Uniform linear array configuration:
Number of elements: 48
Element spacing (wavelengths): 1
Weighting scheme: hamming
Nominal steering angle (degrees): -45
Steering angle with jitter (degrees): -45.917
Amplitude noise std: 0.05
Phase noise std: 0.05

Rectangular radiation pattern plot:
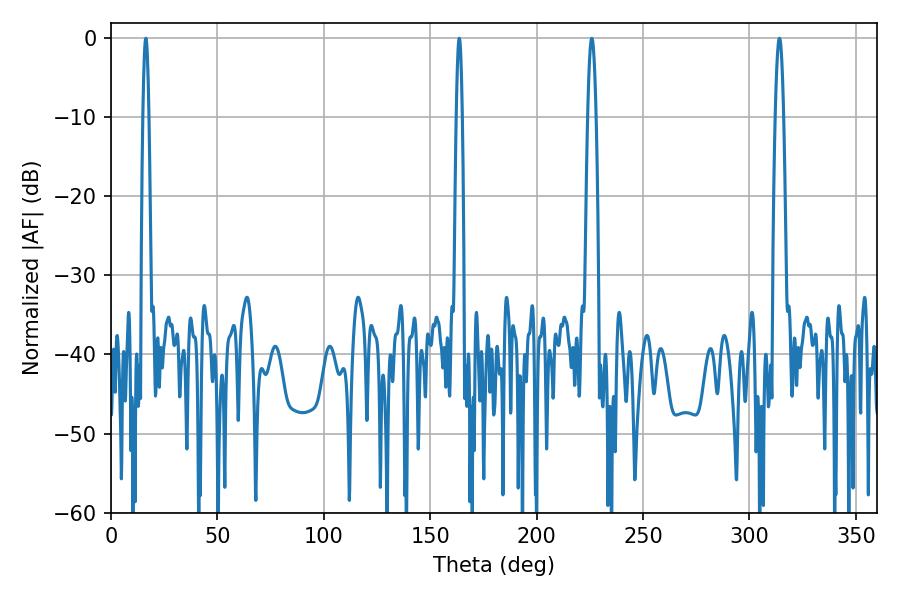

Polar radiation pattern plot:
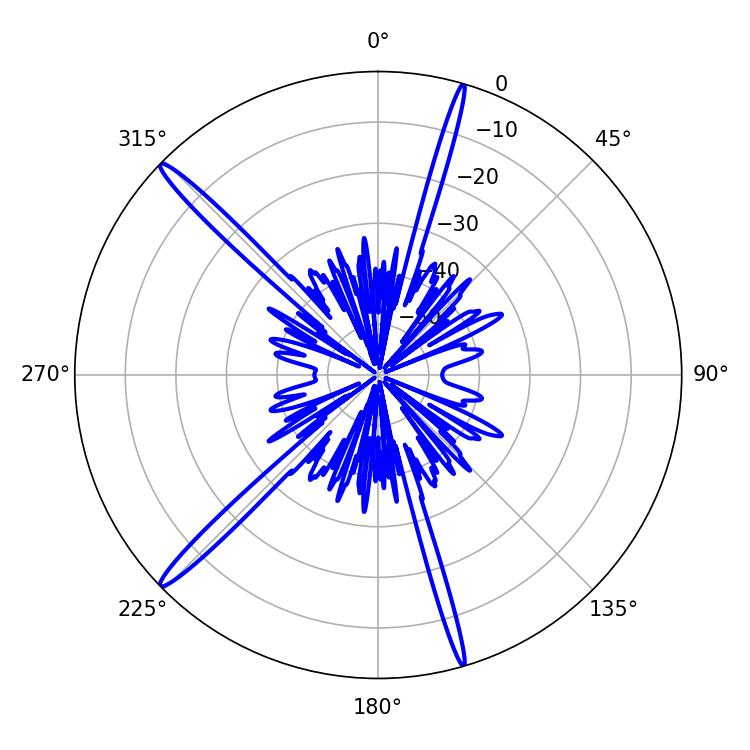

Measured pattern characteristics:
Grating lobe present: TRUE
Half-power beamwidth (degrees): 2.16
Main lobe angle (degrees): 225.9